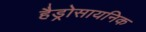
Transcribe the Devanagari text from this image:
हैड्रोसायनिक